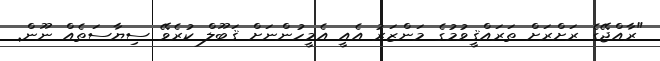
"ރާއްޖޭގެ ރަށްރަށް ތަރައްޤީވުމުގެ މަންޒަރު އެއީ އެމީހުންނަށް ޤަބޫލް ކުރެވޭ ސިޔާސަތެއް ނޫން